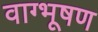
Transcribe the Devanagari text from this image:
वाग्भूषण